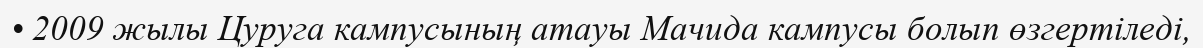
• 2009 жылы Цуруга кампусының атауы Мачида кампусы болып өзгертіледі,